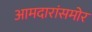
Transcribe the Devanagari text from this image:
आमदारांसमोर